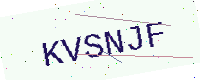
Text: KVSNJF